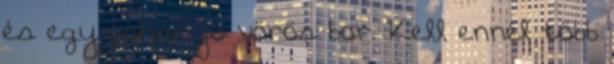
és egy pohár jó vörös bor. Kell ennél több